Leaving Certificate Examination (including Day School Certificate (Higher) General paper), 1935
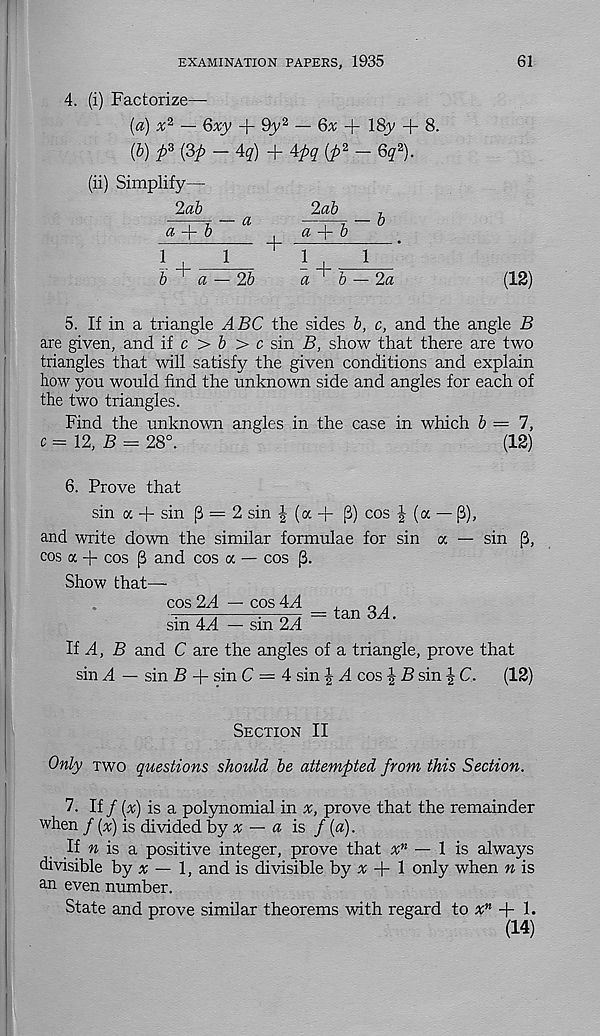
EXAMINATION PAPERS, 1935
61
4. (i) Factorize—
(a) %*■ — Qxy + 9y 2 — 6x + 18y + 8.
{b) p z (3p — 4q) + 4pq{p 2 — 6q 2 ).
(ii) Simplify—
2ab
a
b
a
2ab
a
b
1
— 2a
(12)
5. If in a triangle ABC the sides b, c, and the angle B
are given, and if c > 6 > c sin B, show that there are two
triangles that will satisfy the given conditions and explain
how you would find the unknown side and angles for each of
the two triangles.
Find the unknown angles in the case in which b — 1,
c=\2,B = 28°.
(12)
6. Prove that
sin a + sin p = 2 sin ^ (a + p) cos ^ (a — (3),
and write down the similar formulae for sin a — sin
cos a + cos p and cos a — cos (3.
Show that—
cos 2A — cos 4A
sin 4A — sin 2A
— tan 3^4.
li A, B and C are the angles of a triangle, prove that
sin d. — sin B + sin C — 4 sin | d cos \ B sin | C.
(12)
Section II
Only two questions should be attempted from this Section.
7. If / [%) is a polynomial in :r, prove that the remainder
when / (x) is divided by x — a is / (a).
If n is a positive integer, prove that x n — 1 is always
divisible by a; — 1, and is divisible by # + 1 only when n is
an even number.
State and prove similar theorems with regard to x n
1.
(14)